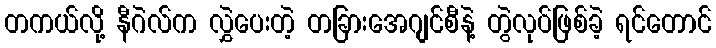
တကယ်လို့ နီဂဲလ်က လွှဲပေးတဲ့ တခြားအေဂျင်စီနဲ့ တွဲလုပ်ဖြစ်ခဲ့ ရင်တောင်